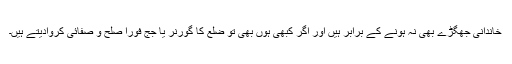
خاندانی جھگڑے بھی نہ ہونے کے برابر ہیں اور اگر کبھی ہوں بھی تو ضلع کا گورنر یا جج فوراً صلح و صفائی کروادیتے ہیں۔